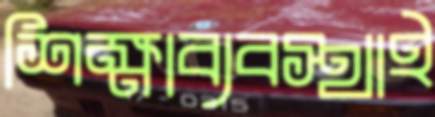
শিক্ষাব্যবস্থাই